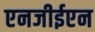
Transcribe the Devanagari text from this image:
एनजीईएन